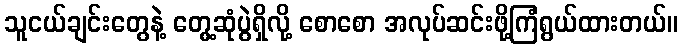
သူငယ်ချင်းတွေနဲ့ တွေ့ဆုံပွဲရှိလို့ စောစော အလုပ်ဆင်းဖို့ကြံရွယ်ထားတယ်။